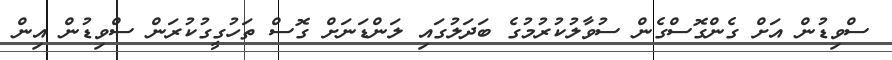
ސްވިޑުން އަށް ގެންގޮސްގެން ސުވާލުކުރުމުގެ ބަދަލުގައި ލަންޑަނަށް ގޮސް ތަހުގީގުކުރަން ސްވިޑުން އިން